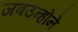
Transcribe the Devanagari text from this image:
जबउन्होंने